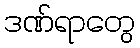
ဒဏ်ရာတွေ